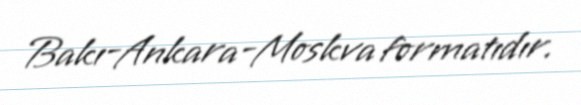
Bakı-Ankara-Moskva formatıdır.